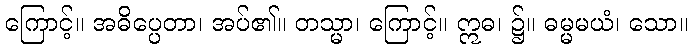
ကြောင့်။ အဓိပ္ပေတာ၊ အပ်၏။ တသ္မာ၊ ကြောင့်။ ဣဓ၊ ၌။ ဓမ္မမယံ၊ သော။